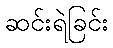
ဆင်းရဲခြင်း